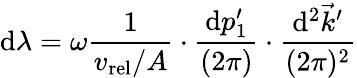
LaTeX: \mathrm{d}\lambda=\omega{\frac{{1}}{{v_{\mathrm{{rel}}}/A}}}\cdot{\frac{{\mathrm{d}p_{1}^{\prime}}}{{(2\pi)}}}\cdot{\frac{{\mathrm{d}^{2}\vec{{k}}^{\prime}}}{{(2\pi)^{2}}}}